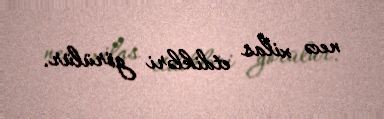
necə xilas etdikləri görülür.